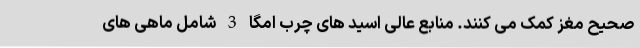
صحیح مغز کمک می کنند. منابع عالی اسید های چرب امگا 3 شامل ماهی های